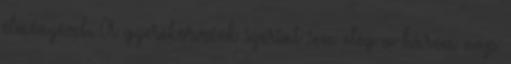
élményével. A gyerekorvosok szerint sem elég a három nap